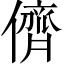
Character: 儕